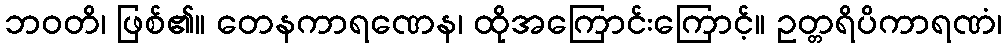
ဘဝတိ၊ ဖြစ်၏။ တေနကာရဏေန၊ ထိုအကြောင်းကြောင့်။ ဥတ္တရိပိကာရဏံ၊